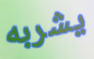
يشربه